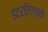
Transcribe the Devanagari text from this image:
इंटरलिंग्वाचे